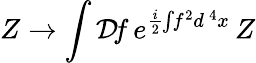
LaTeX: Z\to\int{\cal D}\! f\, e^{\frac{i}{2}\! \int\! f^{2}d^{\, 4}x}\, Z